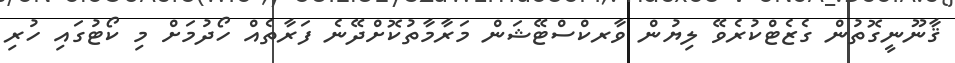
ޤާނޫނީގޮތުން ގެޒެޓްކުރެވޭ ލިޔުން ވާރކްސްޓޭޝަން މަރާމާތުކޮށްދޭނެ ފަރާތެއް ހޯދުމަށް މި ކޯޓުގައި ހުރި